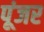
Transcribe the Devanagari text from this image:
पूंजर